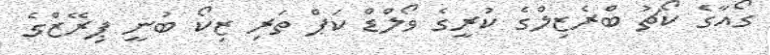
ގޯއާގެ ކޯޗު ބްރެޒިލްގެ ކުރީގެ ވޯލްޑް ކަޕް ތަރި ޒިކޯ ބުނީ ޕިރޭޒްގެ